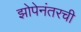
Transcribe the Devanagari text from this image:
झोपेनंतरची